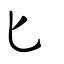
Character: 匕